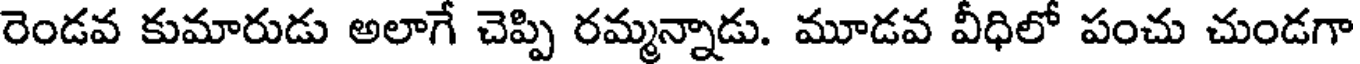
రెండవ కుమారుడు అలాగే చెప్పి రమ్మన్నాడు. మూడవ వీధిలో పంచు చుండగా